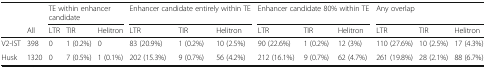
<table><thead><tr><td>[EMPTY_CELL]</td><td>[EMPTY_CELL]</td><td colspan="3"><b>TE within enhancer candidate</b></td><td colspan="3"><b>Enhancer candidate entirely within TE</b></td><td colspan="3"><b>Enhancer candidate 80% within TE</b></td><td colspan="3"><b>Any overlap</b></td></tr><tr><td>[EMPTY_CELL]</td><td><b>All</b></td><td><b>LTR</b></td><td><b>TIR</b></td><td><b>Helitron</b></td><td><b>LTR</b></td><td><b>TIR</b></td><td><b>Helitron</b></td><td><b>LTR</b></td><td><b>TIR</b></td><td><b>Helitron</b></td><td><b>LTR</b></td><td><b>TIR</b></td><td><b>Helitron</b></td></tr></thead><tbody><tr><td>V2-IST</td><td>398</td><td>0</td><td>1 (0.2%)</td><td>0</td><td>83 (20.9%)</td><td>1 (0.2%)</td><td>10 (2.5%)</td><td>90 (22.6%)</td><td>1 (0.2%)</td><td>12 (3%)</td><td>110 (27.6%)</td><td>10 (2.5%)</td><td>17 (4.3%)</td></tr><tr><td>Husk</td><td>1320</td><td>0</td><td>7 (0.5%)</td><td>1 (0.1%)</td><td>202 (15.3%)</td><td>9 (0.7%)</td><td>56 (4.2%)</td><td>212 (16.1%)</td><td>9 (0.7%)</td><td>62 (4.7%)</td><td>261 (19.8%)</td><td>28 (2.1%)</td><td>88 (6.7%)</td></tr></tbody></table>